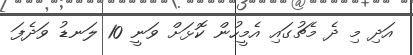
އަދި މި ދެ މެޗުގައި އެމީހުން ކޮޅަށް ވަނީ 10 ލަނޑު ވަދެފަ